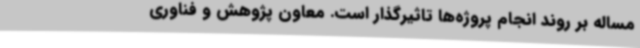
مساله بر روند انجام پروژه‌ها تاثیرگذار است. معاون پژوهش و فناوری